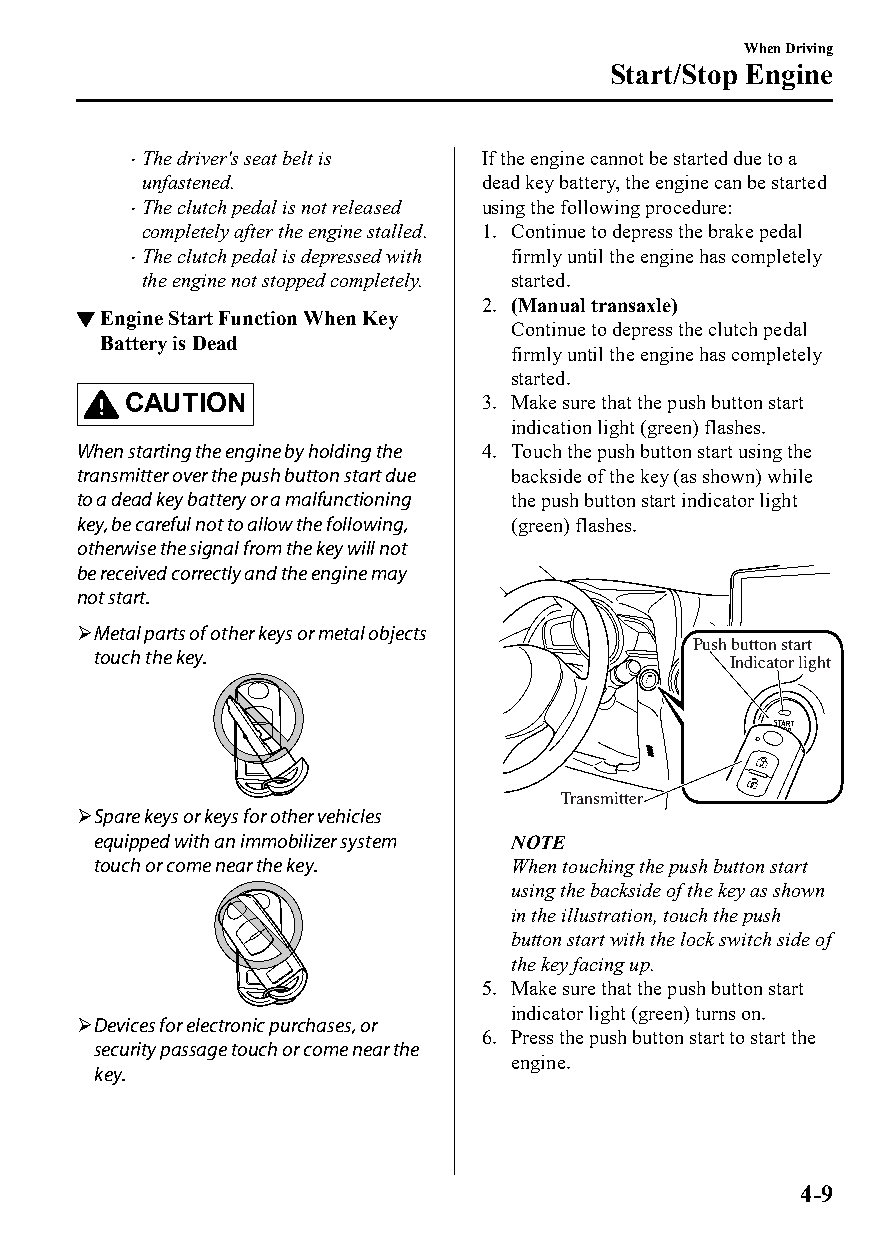
When Driving
 Start/Stop Engine
 The driver's seat belt is If the engine cannot be started due to a
 
 unfastened.            dead key battery, the engine can be started
 The clutch pedal is not released using the following procedure:
 
 completely after the engine stalled. 1. Continue to depress the brake pedal
 The clutch pedal is depressed with firmly until the engine has completely
 
 the engine not stopped completely. started.
 2. (Manual transaxle)
 ▼Engine Start Function When Key
 Continue to depress the clutch pedal
 Battery is Dead
 firmly until the engine has completely
 started.
 CAUTION                 3. Make sure that the push button start
 indication light (green) flashes.
 When starting the engine by holding the 4. Touch the push button start using the
 transmitter over the push button start due backside of the key (as shown) while
 to a dead key battery or a malfunctioning the push button start indicator light
 key, be careful not to allow the following, (green) flashes.
 otherwise the signal from the key will not
 be received correctly and the engine may
 not start.
 Metal parts of other keys or metal objects
 Push button start
 touch the key.                            Indicator light
 Transmitter
 Spare keys or keys for other vehicles
 equipped with an immobilizer system NOTE
 touch or come near the key. When touching the push button start
 using the backside of the key as shown
 in the illustration, touch the push
 button start with the lock switch side of
 the key facing up.
 5. Make sure that the push button start
 indicator light (green) turns on.
 Devices for electronic purchases, or
 6. Press the push button start to start the
 security passage touch or come near the
 engine.
 key.
 4-9
 CX-3_8GT4-EE-18D_Edition4                  2018-9-6 18:32:19